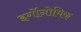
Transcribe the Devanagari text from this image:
इर्गोनोमिक